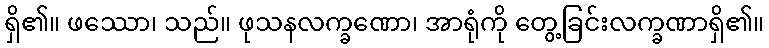
ရှိ၏။ ဖဿော၊ သည်။ ဖုသနလက္ခဏော၊ အာရုံကို တွေ့ခြင်းလက္ခဏာရှိ၏။